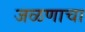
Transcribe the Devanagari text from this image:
जळणाचा